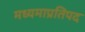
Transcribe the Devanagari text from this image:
मध्यमाप्रतिपद